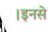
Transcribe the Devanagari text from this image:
।इनसे